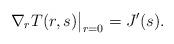
LaTeX: \begin{align*}\nabla_r T(r,s)\big|_{r=0} = J'(s). \end{align*}